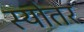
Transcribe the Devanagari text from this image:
स्योतर